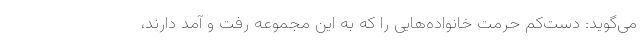
می‌گوید: دست‌کم حرمت خانواده‌هایی را که به این مجموعه رفت و آمد دارند،